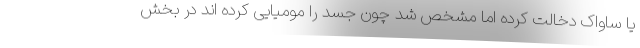
یا ساواک دخالت کرده اما مشخص شد چون جسد را مومیایی کرده اند در بخش